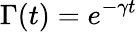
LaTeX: \Gamma(t)=e^{-\gamma t}